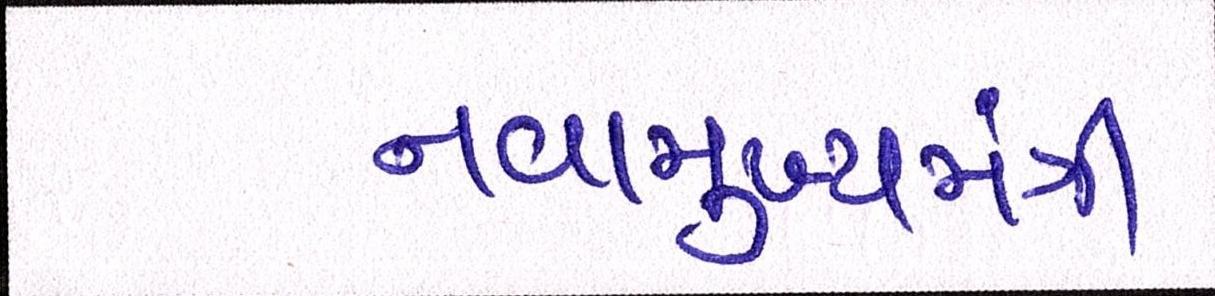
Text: નવામુખ્યમંત્રી